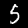
Label: 5